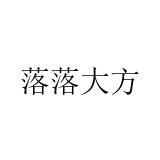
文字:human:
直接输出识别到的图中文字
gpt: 落落大方